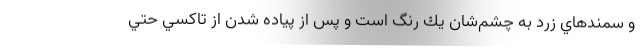
و سمندهاي زرد به چشم‌شان يك رنگ است و پس از پياده ‌شدن از تاكسي حتي